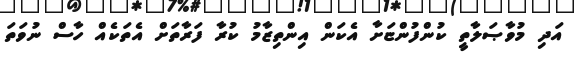
އަދި މުވާޞަލާތީ ކުންފުންޏަށާ އެކަން އިންތިޒާމު ކުރާ ފަރާތަށް އެތަކެއް ހާސް ނުވަތަ